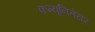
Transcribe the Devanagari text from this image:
कम्यूनितेयर